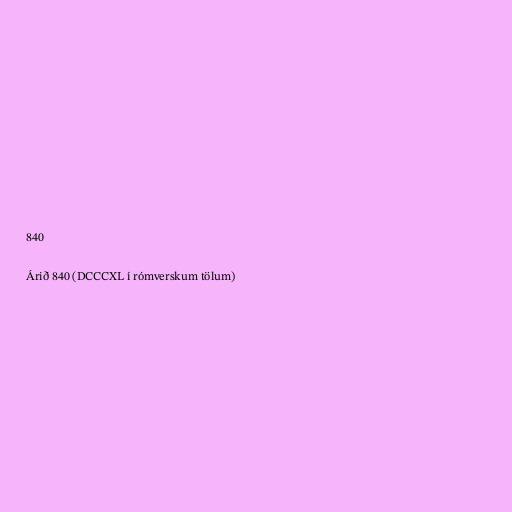
840

Árið 840 (DCCCXL í rómverskum tölum)